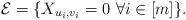
LaTeX: \begin{align*}\mathcal{E} = \{X_{u_i,v_i}=0\ \forall i \in [m] \}.\end{align*}